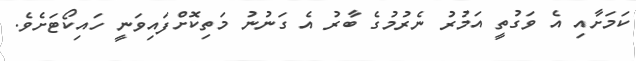
ކަމަށާއި އެ ވަގުތީ އަމުރު ނެރުމުގެ ބާރު އެ ގަނުނު މަތިކޮށްފައިވަނީ ހައިކޯޓަށެވެ.